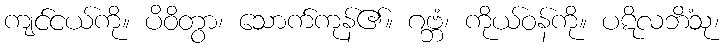
ကျင်ငယ်ကို။ ပိဝိတွာ၊ သောက်ကုန်၏။ ဂဗ္ဘံ၊ ကိုယ်ဝန်ကို။ ပဋိလဘိံသု၊